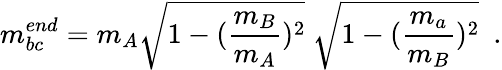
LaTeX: m_{bc}^{end}=m_{A}\sqrt{1-(\frac{m_{B}}{m_{A}})^{2}}\ \sqrt{1-(\frac{m_{a}}{m_{B}})^{2}}\mathrm{\ \ .}